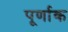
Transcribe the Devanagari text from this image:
पूर्णाक